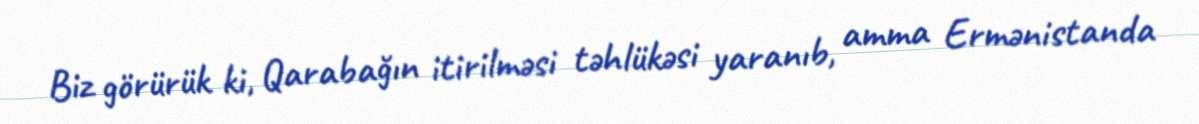
Biz görürük ki, Qarabağın itirilməsi təhlükəsi yaranıb, amma Ermənistanda